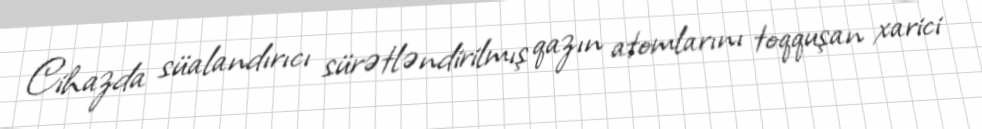
Cihazda süalandırıcı sürətləndirilmış qazın atomlarını toqquşan xarici